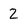
Character: 2